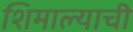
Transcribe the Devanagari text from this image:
शिमाल्याची